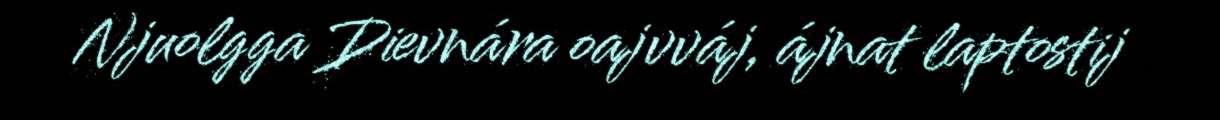
Njuolgga Dievnára oajvváj, ájnat laptostij